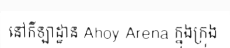
នៅកីឡាដ្ឋាន Ahoy Arena ក្នុងក្រុង